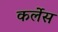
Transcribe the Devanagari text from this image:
कर्लेस